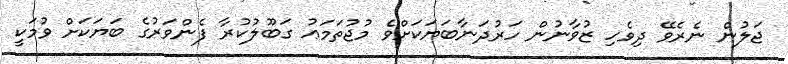
ޖަލުން ނެރެވޭ ދިވެހި ޒުވާނުން ހަރުދަނާބަޔަކަށްވެ މުޖުތަމަޢު ގަބޫލުކުރާ ފެންވަރުގެ ބަޔަކަށް ވުމަކީ